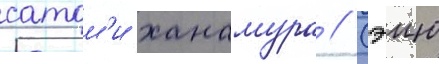
сатом'и ханамура // Сэию